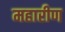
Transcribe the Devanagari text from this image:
महारीण